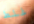
غلط